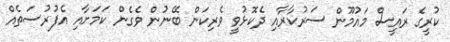
ކުރީގެ ރައީސް މައުމޫން ސަރުކާރާއި ދެކޮޅުވީ ވެރިކަން ބޭނުން ވެގެން ކަމަށާއި އެފުރުސަތެއް